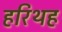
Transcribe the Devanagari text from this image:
हरिथह